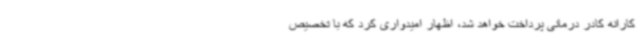
کارانه کادر درمانی پرداخت خواهد شد، اظهار امیدواری کرد که با تخصیص